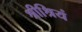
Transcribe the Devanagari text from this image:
श्रीश्रियं